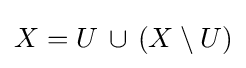
X=U\,\cup \,(X\setminus U)